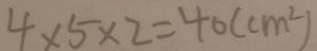
4 \times 5 \times 2 = 4 0 ( c m ^ { 2 } )